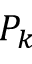
P _ { k }